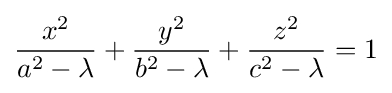
{\frac {x^{2}}{a^{2}-\lambda }}+{\frac {y^{2}}{b^{2}-\lambda }}+{\frac {z^{2}}{c^{2}-\lambda }}=1